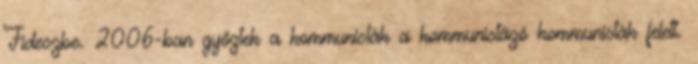
Fideszbe. 2006-ban győztek a kommunisták a kommunistázó kommunisták felett.